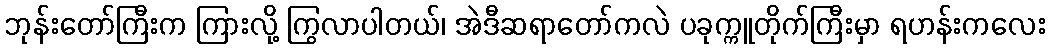
ဘုန်းတော်ကြီးက ကြားလို့ ကြွလာပါတယ်၊ အဲဒီဆရာတော်ကလဲ ပခုက္ကူတိုက်ကြီးမှာ ရဟန်းကလေး